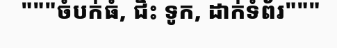
"""ចំបក់ធំ, ជិះ ទូក, ដាក់ទំព័រ"""